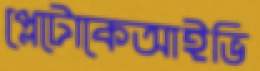
প্লেটোকেআইভি